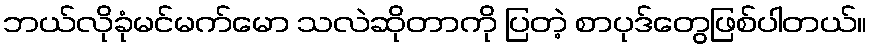
ဘယ်လိုခုံမင်မက်မော သလဲဆိုတာကို ပြတဲ့ စာပုဒ်တွေဖြစ်ပါတယ်။